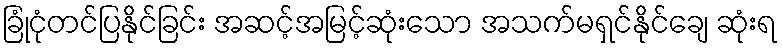
ခြုံငုံတင်ပြနိုင်ခြင်း အဆင့်အမြင့်ဆုံးသော အသက်မရှင်နိုင်ချေ ဆုံးရ